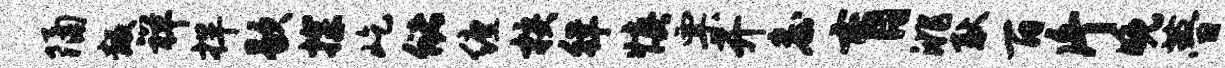
隔叛祥捍歇探屹储缠核徉慎票开詹肓洮耿百片晚瞢